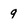
Character: 9